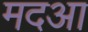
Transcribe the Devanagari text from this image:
मदआ